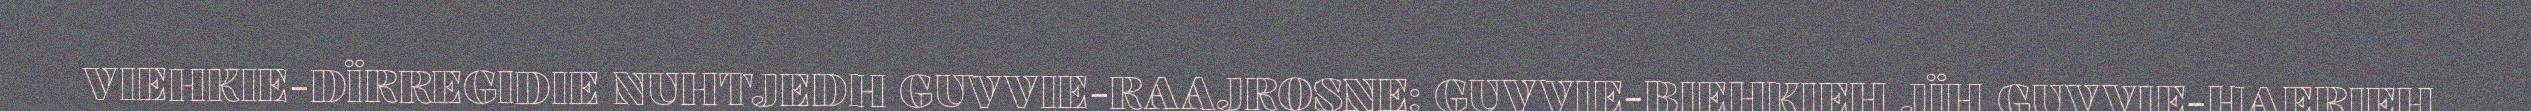
VIEHKIE-DÏRREGIDIE NUHTJEDH GUVVIE-RAAJROSNE: GUVVIE-BIEHKIEH JÏH GUVVIE-HAERIEH